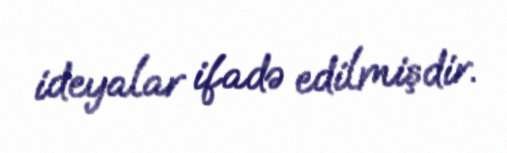
ideyalar ifadə edilmişdir.